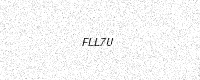
Text: FLL7U